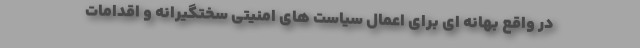
در واقع بهانه ای برای اعمال سیاست های امنیتی سختگیرانه و اقدامات